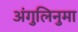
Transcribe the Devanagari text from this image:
अंगुलिनुमा